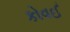
કોવઈ